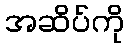
အဆိပ်ကို